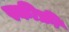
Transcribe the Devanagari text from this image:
स्कीफ्री